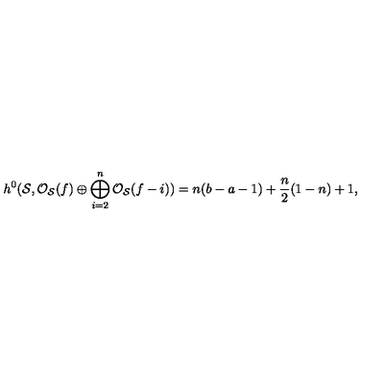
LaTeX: h ^ { 0 } ( { \cal S } , { \cal O } _ { \cal S } ( f ) \oplus \bigoplus _ { i = 2 } ^ { n } { \cal O } _ { \cal S } ( f - i ) ) = n ( b - a - 1 ) + \frac { n } { 2 } ( 1 - n ) + 1 ,